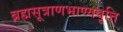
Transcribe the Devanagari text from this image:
ब्रह्मसूत्राणभाण्यवृत्ति